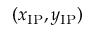
( x _ { \mathrm { { I P } } } , y _ { \mathrm { { I P } } } )